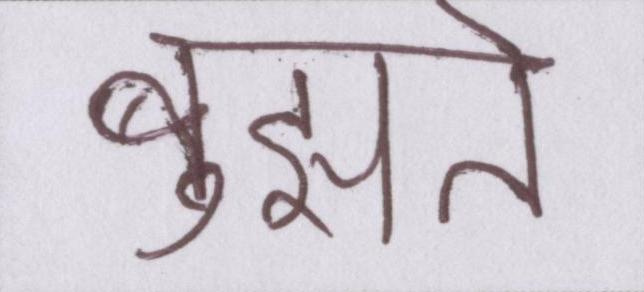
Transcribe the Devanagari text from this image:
बुझते